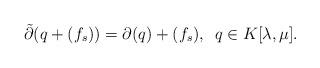
LaTeX: \begin{align*}\tilde {\partial}(q+(f_s))=\partial(q)+(f_s), \,\,\, q\in K[\lambda,\mu].\end{align*}